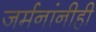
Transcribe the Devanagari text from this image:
जर्मनांनीही